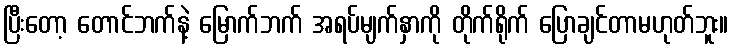
ပြီးတော့ တောင်ဘက်နဲ့ မြောက်ဘက် အရပ်မျက်နှာကို တိုက်ရိုက် ပြောချင်တာမဟုတ်ဘူး။